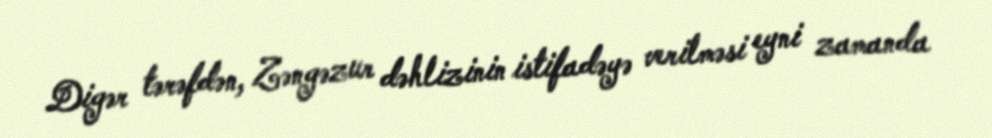
Digər tərəfdən, Zəngəzur dəhlizinin istifadəyə verilməsi eyni zamanda